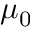
\mu _ { 0 }